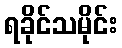
ရခိုင်သမိုင်း